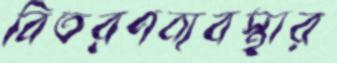
বিতরণব্যবস্থার